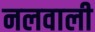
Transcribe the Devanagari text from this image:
नलवाली